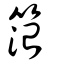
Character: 箈